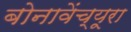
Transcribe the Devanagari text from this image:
बोनावेंच्यूरा